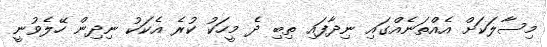
މިސާލަކަށް އެއްތަނެއްގައި ނިދާފައި ތިބި ދެ މީހަކު ކުރެ އެކަކު ނިދިން ހޭލެވުނީ